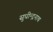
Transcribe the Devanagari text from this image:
सुधीन्द्रनाथ